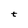
Character: t